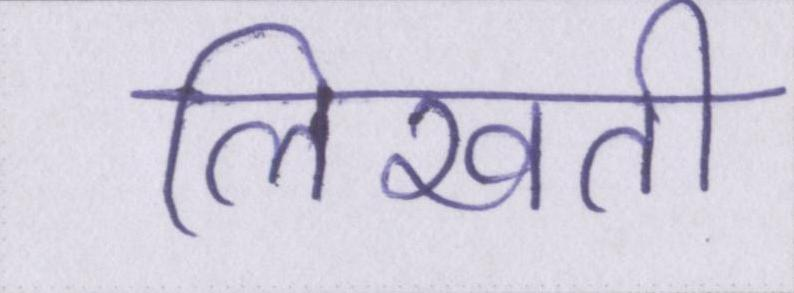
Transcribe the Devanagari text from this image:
लिखती